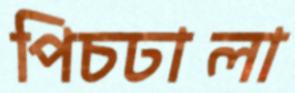
পিচঢালা